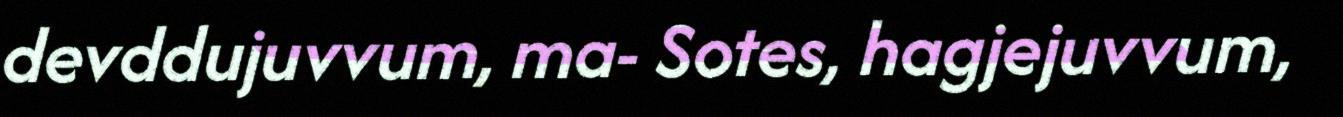
devddujuvvum, ma- Sotes, hagjejuvvum,